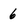
Character: 6